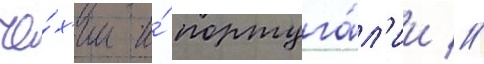
че́х'ии и́ португа́л'ии //